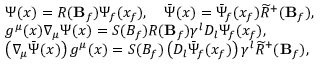
\begin{array} { l } { { \Psi ( x ) = R ( { \bf B } _ { f } ) \Psi _ { f } ( x _ { f } ) , \quad \bar { \Psi } ( x ) = \bar { \Psi } _ { f } ( x _ { f } ) \widetilde { R } ^ { + } ( { \bf B } _ { f } ) , } } \\ { { g ^ { \mu } ( x ) \nabla _ { \mu } \Psi ( x ) = S ( B _ { f } ) R ( { \bf B } _ { f } ) \gamma ^ { l } D _ { l } \Psi _ { f } ( x _ { f } ) , } } \\ { { \left( \nabla _ { \mu } \bar { \Psi } ( x ) \right) g ^ { \mu } ( x ) = S ( B _ { f } ) \left( D _ { l } \bar { \Psi } _ { f } ( x _ { f } ) \right) \gamma ^ { l } \widetilde { R } ^ { + } ( { \bf B } _ { f } ) , } } \end{array}